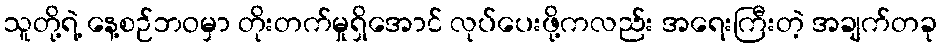
သူတို့ရဲ့ နေ့စဉ်ဘဝမှာ တိုးတက်မှုရှိအောင် လုပ်ပေးဖို့ကလည်း အရေးကြီးတဲ့ အချက်တခု